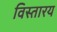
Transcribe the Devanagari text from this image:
विस्तारय